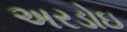
અરડોઇ